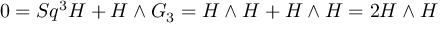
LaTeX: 0 = S q ^ { 3 } H + H \wedge G _ { 3 } = H \wedge H + H \wedge H = 2 H \wedge H